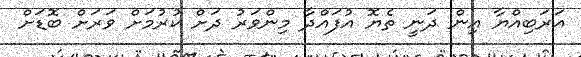
އަރަބިއްޔާ އިން ދަނީ ތެޔޮ އުފައްދާ މިންވަރު ދަށް ކުރުމަށް ވަރަށް ބޮޑަށް